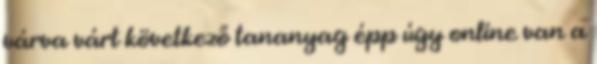
várva várt következő tananyag épp úgy online van a